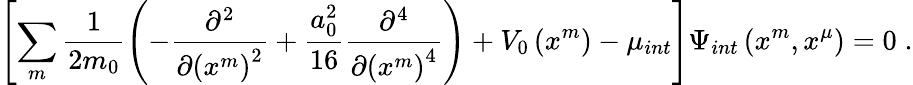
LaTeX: \left[\sum_{m}\frac{1}{2m_{0}}\left(-\frac{\partial^{2}}{\partial\left(x^{m}\right)^{2}}+\frac{a_{0}^{2}}{16}\frac{\partial^{4}}{\partial\left(x^{m}\right)^{4}}\right)+V_{0}\left(x^{m}\right)-\mu_{int}\right]\Psi_{int}\left(x^{m},x^{\mu}\right)=0\; .